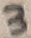
Text: 3